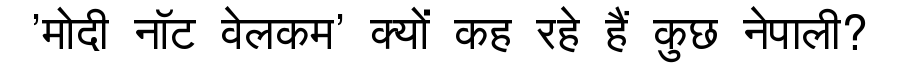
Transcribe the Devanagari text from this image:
'मोदी नॉट वेलकम' क्यों कह रहे हैं कुछ नेपाली?